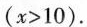
(x>10)。